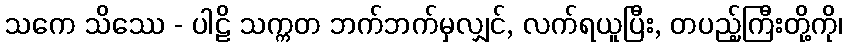
သကေ သိဿေ - ပါဠိ သက္ကတ ဘက်ဘက်မှလျှင်, လက်ရယူပြီး, တပည့်ကြီးတို့ကို၊